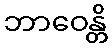
ဘာဝေန္တိ